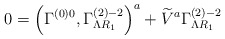
\begin{align*}0=\left( \Gamma _{}^{\left( 0\right) 0},\Gamma _{\Lambda R_1}^{\left(2\right) -2}\right) ^a+\widetilde{V}^a\Gamma _{\Lambda R_1}^{\left( 2\right) -2}\end{align*}